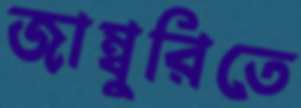
জাম্বুরিতে